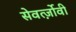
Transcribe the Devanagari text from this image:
सेवर्त्ज़ोवी